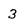
Character: 3